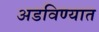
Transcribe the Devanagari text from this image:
अडविण्यात